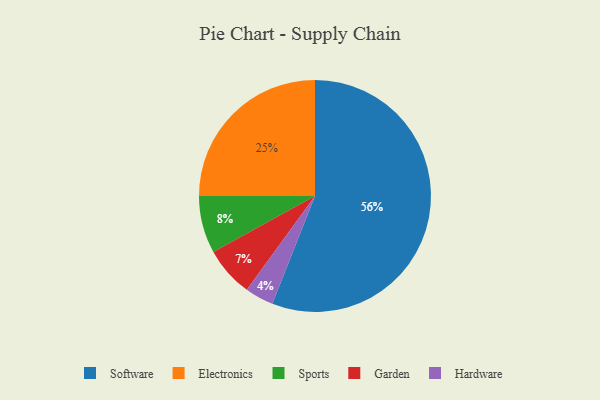
{"axis": {"x": "Category", "y": "Percentage"}, "legend": ["Electronics", "Garden", "Hardware", "Software", "Sports"], "data": [{"x": "Sports", "y": 8, "type": "Sports"}, {"x": "Hardware", "y": 4, "type": "Hardware"}, {"x": "Software", "y": 56, "type": "Software"}, {"x": "Electronics", "y": 25, "type": "Electronics"}, {"x": "Garden", "y": 7, "type": "Garden"}]}